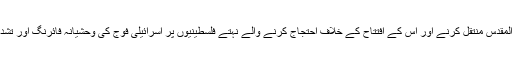
یاد رہے کہ فلسطین میں امریکی سفارتخانے کو تل ابیب سے بیت المقدس منتقل کرنے اور اس کے افتتاح کے خلاف احتجاج کرنے والے نہتے فلسطینیوں پر اسرائیلی فوج کی وحشیانہ فائرنگ اور تشدد سے 58 افراد جاں بحق اور 2400 سے زائد زخمی ہوئے تھے۔